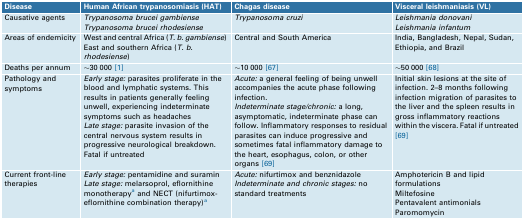
<table><thead><tr><td><b>Disease</b></td><td><b>Human African trypanosomiasis (HAT)</b></td><td><b>Chagas disease</b></td><td><b>Visceral leishmaniasis (VL)</b></td></tr></thead><tbody><tr><td>Causative agents</td><td><i>Trypanosoma brucei gambiense</i><i>Trypanosoma brucei rhodesiense</i></td><td><i>Trypanosoma cruzi</i></td><td><i>Leishmania donovani</i><i>Leishmania infantum</i></td></tr><tr><td>Areas of endemicity</td><td>West and central Africa (<i>T. b. gambiense</i>)East and southern Africa (<i>T. b. rhodesiense</i>)</td><td>Central and South America</td><td>India, Bangladesh, Nepal, Sudan, Ethiopia, and Brazil</td></tr><tr><td>Deaths per annum</td><td>∼30 000 [1]</td><td>∼10 000 [67]</td><td>∼50 000 [68]</td></tr><tr><td>Pathology and symptoms</td><td><i>Early stage:</i> parasites proliferate in the blood and lymphatic systems. This results in patients generally feeling unwell, experiencing indeterminate symptoms such as headaches<i>Late stage:</i> parasite invasion of the central nervous system results in progressive neurological breakdown. Fatal if untreated</td><td><i>Acute:</i> a general feeling of being unwell accompanies the acute phase following infection.<i>Indeterminate stage/chronic:</i> a long, asymptomatic, indeterminate phase can follow. Inflammatory responses to residual parasites can induce progressive and sometimes fatal inflammatory damage to the heart, esophagus, colon, or other organs [69]</td><td>Initial skin lesions at the site of infection. 2–8 months following infection migration of parasites to the liver and the spleen results in gross inflammatory reactions within the viscera. Fatal if untreated [69]</td></tr><tr><td>Current front-line therapies</td><td><i>Early stage:</i> pentamidine and suramin<i>Late stage:</i> melarsoprol, eflornithine monotherapya and NECT (nifurtimox-eflornithine combination therapy)a</td><td><i>Acute:</i> nifurtimox and benznidazole<i>Indeterminate and chronic stages:</i> no standard treatments</td><td>Amphotericin B and lipid formulationsMiltefosinePentavalent antimonialsParomomycin</td></tr></tbody></table>